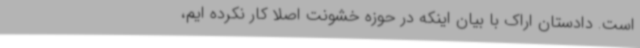
است. دادستان اراک با بیان اینکه در حوزه خشونت اصلا کار نکرده ایم،